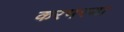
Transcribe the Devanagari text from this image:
करभरणा